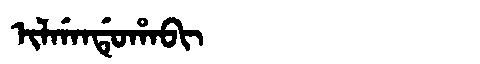
Manchu: ᡳᠯᡤᠠᠨᡩᡠᡥᠠᠪᡳ
Romanization: ILGANDUHABI